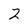
Character: 2